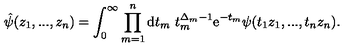
\hat { \psi } ( z _ { 1 } , . . . , z _ { n } ) = \int _ { 0 } ^ { \infty } \prod _ { m = 1 } ^ { n } \mathrm { d } t _ { m } \ t _ { m } ^ { \Delta _ { m } - 1 } \mathrm { e } ^ { - t _ { m } } \psi ( t _ { 1 } z _ { 1 } , . . . , t _ { n } z _ { n } ) .